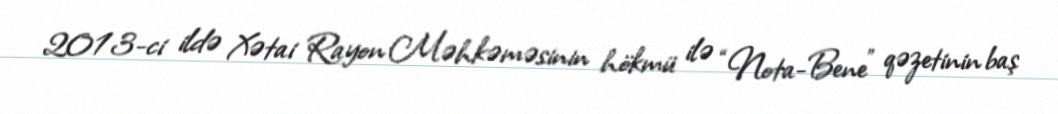
2013-ci ildə Xətai Rayon Məhkəməsinin hökmü ilə “Nota-Bene” qəzetinin baş